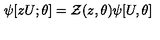
\psi [ z U ; \theta ] = { \cal Z } ( z , \theta ) \psi [ U , \theta ]